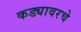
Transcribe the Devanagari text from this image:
कड्यावरचे